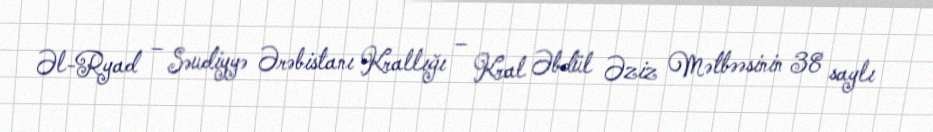
Əl-Ryad – Səudiyyə Ərəbistanı Krallığı – Kral Əbdül Əziz Mətbəəsinin 38 saylı